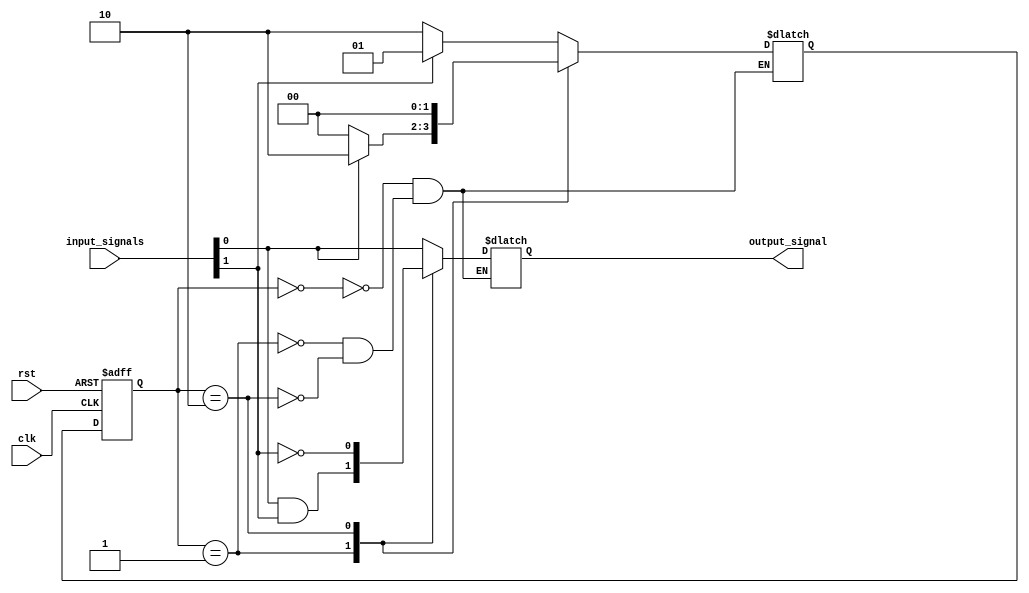
module mealy_state_machine (
    input clk,
    input rst,
    input [1:0] input_signals,
    output reg output_signal
);

// Define states
parameter S0 = 2'b00;
parameter S1 = 2'b01;
parameter S2 = 2'b10;

// Define state registers
reg [1:0] current_state;
reg [1:0] next_state;

// Define output logic
always @ (current_state or input_signals)
begin
    case (current_state)
        S0: output_signal = input_signals[0];
        S1: output_signal = input_signals[0] & input_signals[1];
        S2: output_signal = ~input_signals[1];
    endcase
end

// Define next state logic
always @ (posedge clk or posedge rst)
begin
    if (rst)
        current_state <= S0;
    else
        current_state <= next_state;
end

always @ (*)
begin
    case (current_state)
        S0: next_state = input_signals[1] ? S1 : S2;
        S1: next_state = input_signals[0] ? S2 : S0;
        S2: next_state = S0;
    endcase
end

endmodule